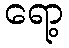
ရော့